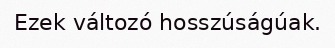
Ezek változó hosszúságúak.